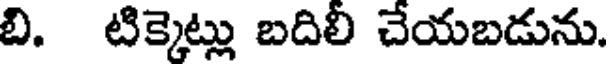
బి. టిక్కెట్లు బదిలీ చేయబడును.